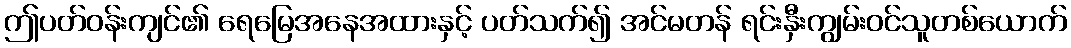
ဤပတ်ဝန်းကျင်၏ ရေမြေအနေအထားနှင့် ပတ်သက်၍ အင်မတန် ရင်းနှီးကျွမ်းဝင်သူတစ်ယောက်